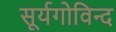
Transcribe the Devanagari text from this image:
सूर्यगोविन्द